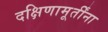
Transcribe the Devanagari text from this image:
दक्षिणामूर्तींना